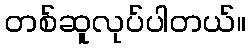
တစ်ဆူလုပ်ပါတယ်။